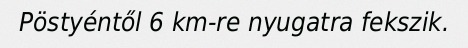
Pöstyéntől 6 km-re nyugatra fekszik.